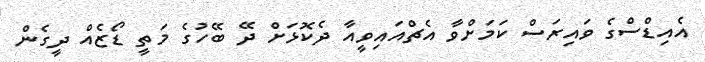
އެއިޑްސްގެ ވައިރަސް ކަމަށްވާ އެޗްއައިވީއާ ދެކޮޅަށް ދޭ ބޭހުގެ މަތީ ޑޯޒެއް ދީގެން